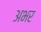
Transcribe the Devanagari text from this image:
अभर